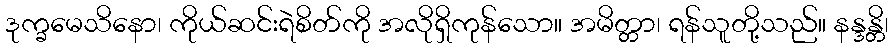
ဒုက္ခမေသိနော၊ ကိုယ်ဆင်းရဲစိတ်ကို အလိုရှိကုန်သော။ အမိတ္တာ၊ ရန်သူတို့သည်။ နန္ဒန္တိ၊